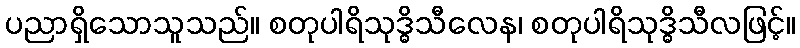
ပညာရှိသောသူသည်။ စတုပါရိသုဒ္ဓိသီလေန၊ စတုပါရိသုဒ္ဓိသီလဖြင့်။